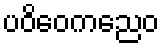
ပဝိဝေကညေဝ